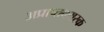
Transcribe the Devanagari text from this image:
अप्राप्तवयस्क